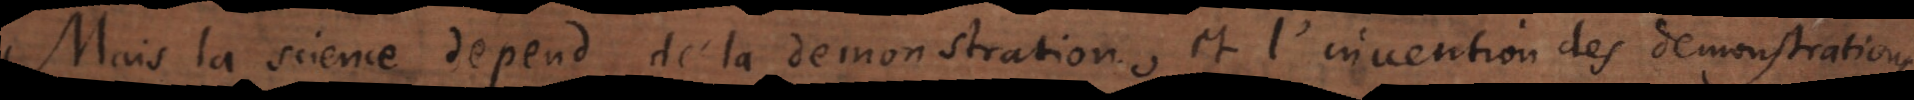
Mais la science depend de la demonstration, et l’invention des demonstrations